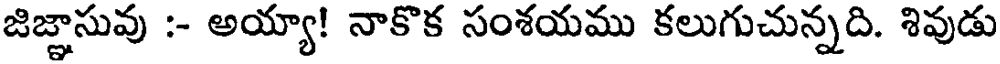
జిజ్ఞాసువు :- అయ్యా! నాకొక సంశయము కలుగుచున్నది. శివుడు